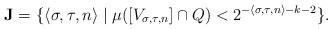
LaTeX: \begin{align*}\mathbf{J} = \{ \langle \sigma, \tau, n \rangle \mid \mu([V_{\sigma,\tau,n}] \cap Q) < 2^{-\langle \sigma, \tau, n \rangle-k-2} \}.\end{align*}